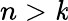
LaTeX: n>\mathit{k}